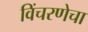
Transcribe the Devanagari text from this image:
विंचरणेचा